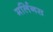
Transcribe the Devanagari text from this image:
मर्लिनस